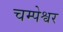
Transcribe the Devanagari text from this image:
चम्पेश्वर